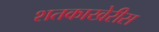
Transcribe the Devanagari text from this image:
शतकाखेरीस